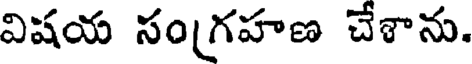
విషయ సంగ్రహణ చేశాను.